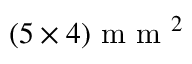
( 5 \times 4 ) \mathrm { ~ m ~ m ~ } ^ { 2 }